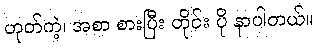
ဟုတ်ကဲ့၊ အစာ စားပြီး တိုင်း ပို နာပါတယ်။